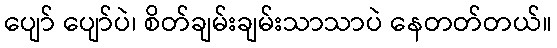
ပျော် ပျော်ပဲ၊ စိတ်ချမ်းချမ်းသာသာပဲ နေတတ်တယ်။